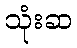
သုံးဆ